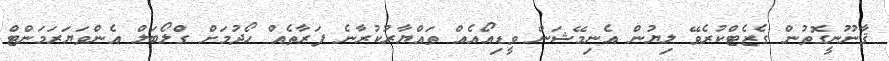
ޤާނޫނީގޮތުން ގެޒެޓްކުރެވޭ ލިޔުން އެނިމޭޝަން ވީޑިއޯއެއް ތައްޔާރުކުރާނެ ފަރާތެއް ހޯދުމަށް ގްލޯބަލް އެންވަޔަރަމަންޓް